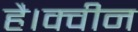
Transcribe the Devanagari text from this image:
है।क्वीन